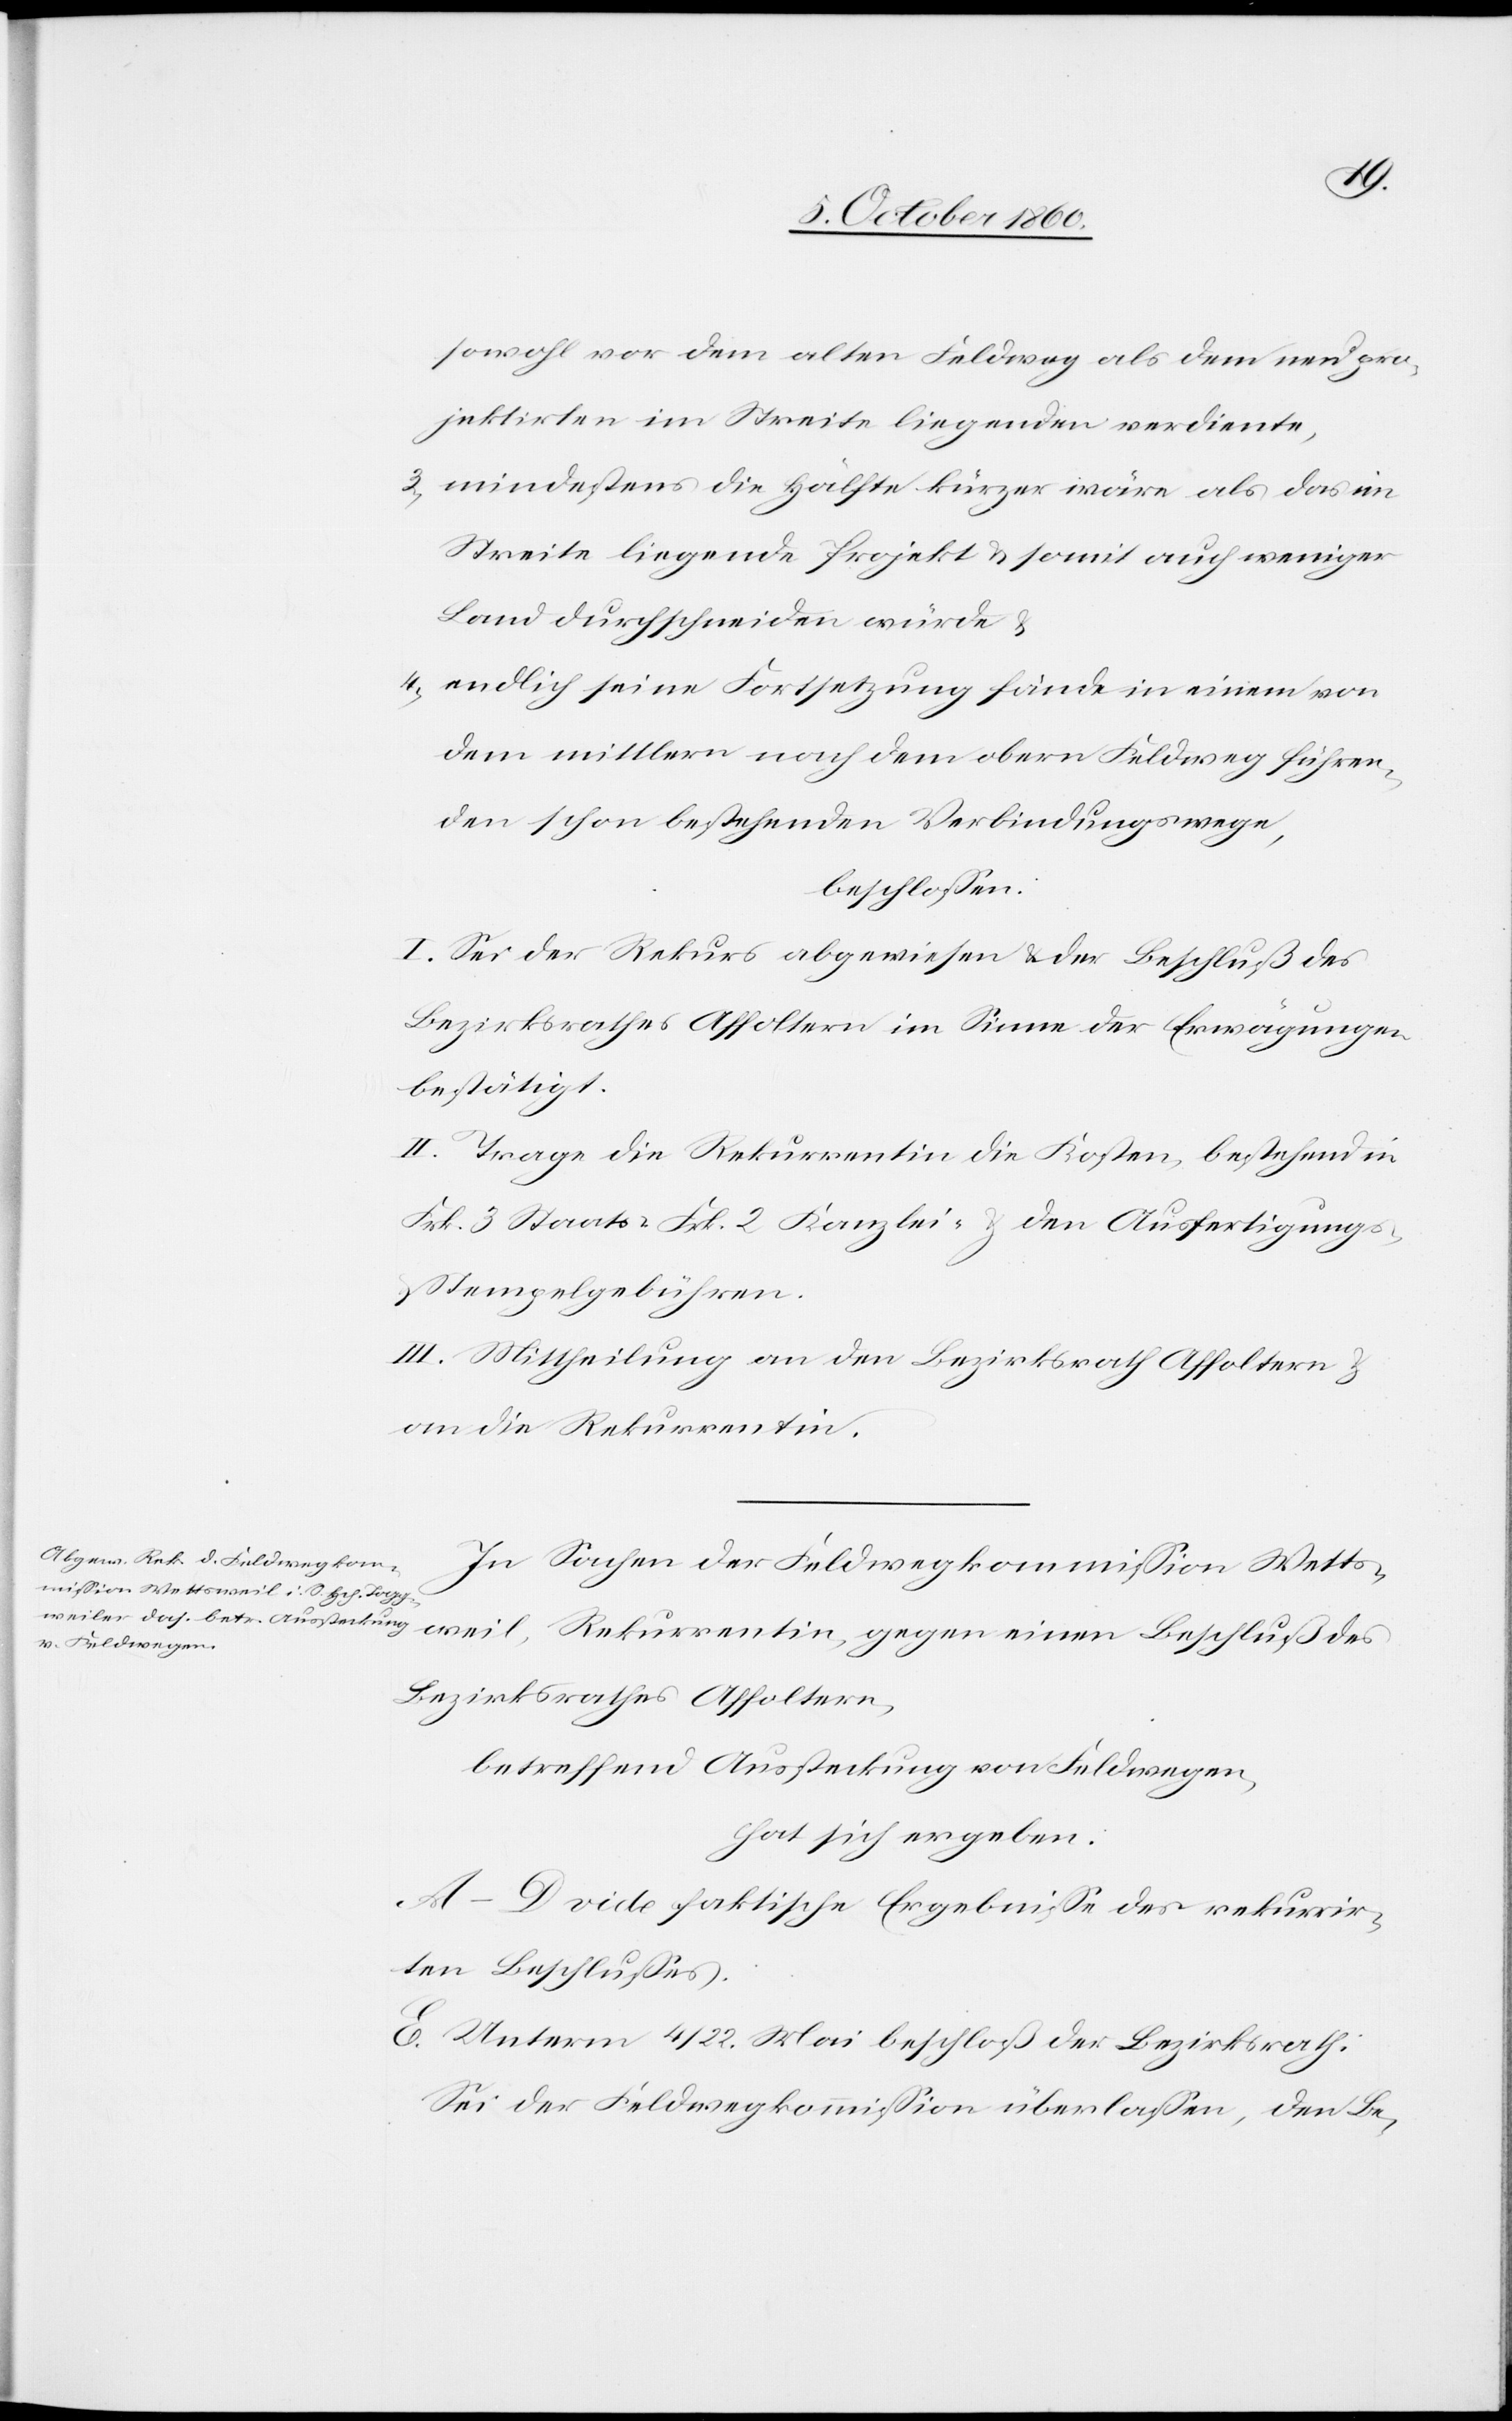
sowohl vor dem alten Feldweg als dem neu pro¬
jektirten im Streite liegenden vereinte,
3. mindestens die Hälfte kürzer wäre als das im
Streite liegende Projekt u. somit auch weniger
Land durchschneiden würde u.
4. endlich seine Fortsetzung fände in einem von
dem mittlern nach dem obern Feldweg führen¬
den schon bestehenden Verbindungswege,
beschlossen:
I. Sei der Rekurs abgewiesen u. der Beschluß des
Bezirksrathes Affoltern im Sinne der Erwägungen
bestätigt.
II. Trage die Rekurrentin die Kosten, bestehend in
Frk. 3 Staats-[,] Frk. 2 Kanzlei- u. den Ausfertigungs-
u. Stempelgebühren.
III. Mittheilung an den Bezirksrath Affoltern u.
an die Rekurrentin.
In Sachen der Feldwegkommission Wettsweil,
Bezirksrathes Affoltern,
betreffend Aussteckung von Feldwegen,
hat sich ergeben:
A–D vide faktische Ergebnisse des rekurrir¬
ten Beschlußes.
E. Unterm 4./22. Mai beschloß der Bezirksrath:
Sei der Feldwegkommission überlassen, den Be-